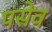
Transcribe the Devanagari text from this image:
पसेव